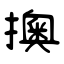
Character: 擙